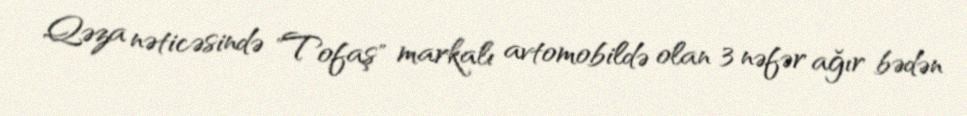
Qəza nəticəsində "Tofaş" markalı avtomobildə olan 3 nəfər ağır bədən